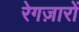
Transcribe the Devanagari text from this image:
रेगज़ारों